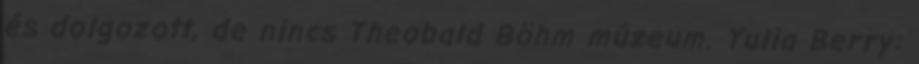
és dolgozott, de nincs Theobald Böhm múzeum. Yulia Berry: